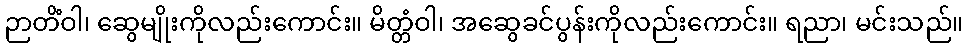
ဉာတိံဝါ၊ ဆွေမျိုးကိုလည်းကောင်း။ မိတ္တံဝါ၊ အဆွေခင်ပွန်းကိုလည်းကောင်း။ ရညာ၊ မင်းသည်။